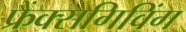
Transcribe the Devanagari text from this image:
फ्रैंक्सगिविंग